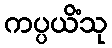
ကပ္ပယိံသု